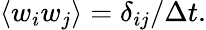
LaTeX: \left\langle w_{i}w_{j}\right\rangle=\delta_{ij}/\Delta t.